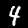
Label: 4